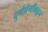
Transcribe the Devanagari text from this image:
दुर्गप्रेमींकडून